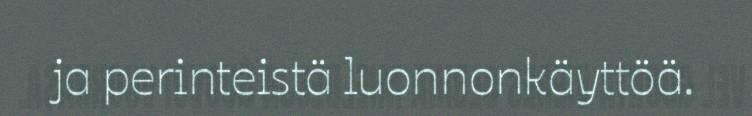
ja perinteistä luonnonkäyttöä.